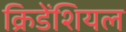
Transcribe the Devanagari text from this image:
क्रिडेंशियल